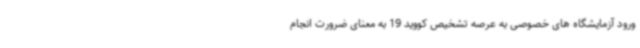
ورود آزمایشگاه های خصوصی به عرصه تشخیص کووید 19 به معنای ضرورت انجام